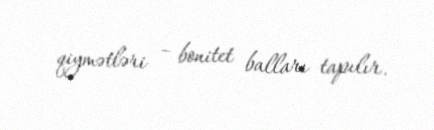
qiymətləri – bonitet balları tapılır.